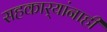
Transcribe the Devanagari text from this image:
सहकार्‍यांनाही